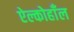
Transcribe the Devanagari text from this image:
ऐल्कोहाँल